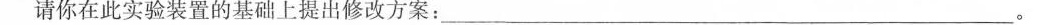
请你在此实验装置的基础上提出修改方案：————————————